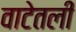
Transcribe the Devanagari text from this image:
वाटेतली